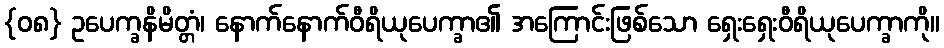
{၀၈} ဥပေက္ခနိမိတ္တံ၊ နောက်နောက်ဝီရိယုပေက္ခာ၏ အကြောင်းဖြစ်သော ရှေးရှေးဝီရိယုပေက္ခာကို။